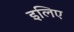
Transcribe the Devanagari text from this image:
इलिए